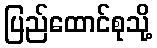
ပြည်ထောင်စုသို့